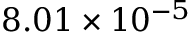
8 . 0 1 \times 1 0 ^ { - 5 }